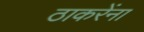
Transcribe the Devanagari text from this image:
ठाकरेंना